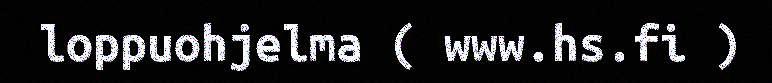
loppuohjelma ( www.hs.fi )